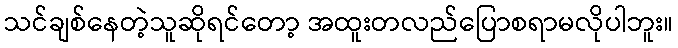
သင်ချစ်နေတဲ့သူဆိုရင်တော့ အထူးတလည်ပြောစရာမလိုပါဘူး။